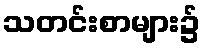
သတင်းစာများ၌